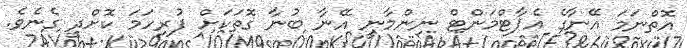
އޮތްނަމަ އޭނާގެ އެޕާޓްމަންޓް ނިންމާނީ އޭނާ ބުނާ ގޮތަކަށް ފުރިހަމަ ކޮށްދީ ގެނެވެ.